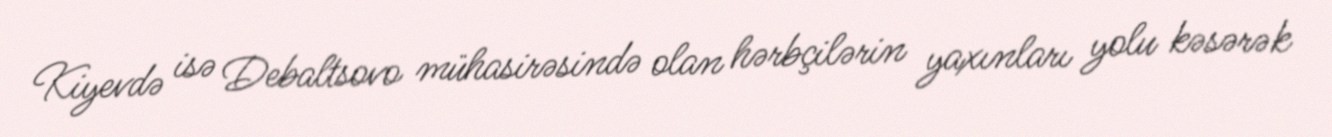
Kiyevdə isə Debaltsovo mühasirəsində olan hərbçilərin yaxınları yolu kəsərək